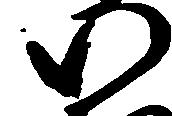
い